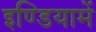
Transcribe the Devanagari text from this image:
इण्डियामें